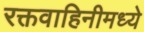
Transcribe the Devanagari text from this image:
रक्तवाहिनीमध्ये